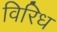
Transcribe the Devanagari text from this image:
विरिध